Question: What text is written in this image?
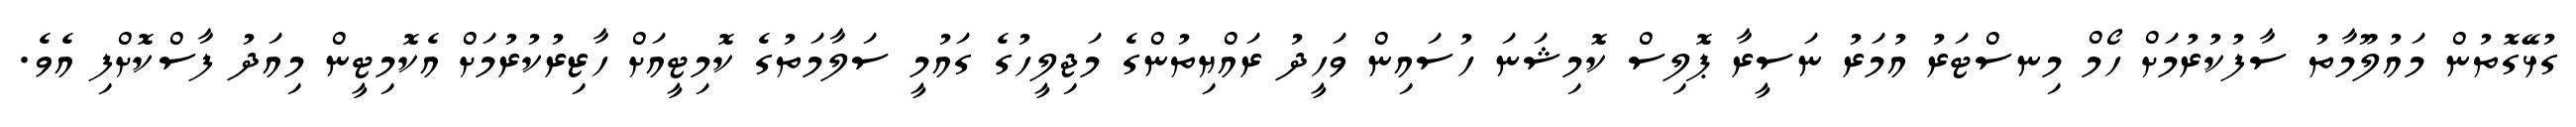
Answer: ގުޅޭގޮތުން މައުލޫމާތު ސާފުކުރުމަށް ހޯމް މިނސްޓަރު އުމަރު ނަސީރާ ޕޮލިސް ކޮމިޝަނަ ހުސައިން ވަހީދު ރައްޔިތުންގެ މަޖިލީހުގެ ގައުމީ ސަލާމަތުގެ ކޮމިޓީއަށް ހާޒިރުކުރުމަށް އެކޮމިޓީން މިއަދު ފާސްކޮށްފި އެވެ.